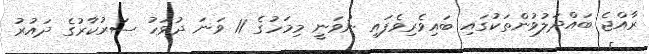
ރާއްޖެ ބައްދަލުވުންތަކުގައި ބައިވެރިވެފައި ނުވަނީ މިމަހުގެ 11 ވަނަ ދުވަހު ސަރުކާރުގެ ދައުރު